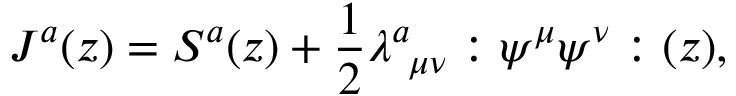
J ^ { a } ( z ) = S ^ { a } ( z ) + \frac { 1 } { 2 } \lambda _ { ~ \mu \nu } ^ { a } : \psi ^ { \mu } \psi ^ { \nu } : ( z ) ,